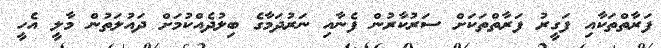
ފަރާތްތަކާއި ފަގީރު ފަރާތްތަކަށް ސަރުކާރުން ފެނާއި ނަރުދަމާގެ ބިލުދެއްކުމަށް ދައުލަތުން މާލީ އެހީ